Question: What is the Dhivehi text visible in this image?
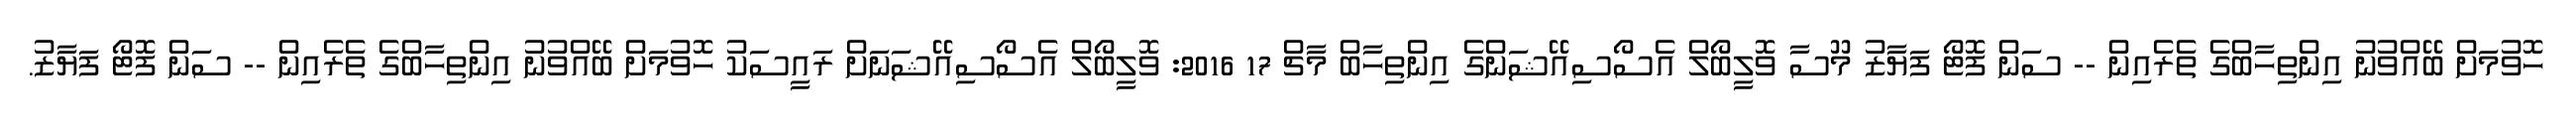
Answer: ހޮވުމަށް ބޭއްވުނު އިންތިހާބްގެ ތެރެއިން -- ސަން ފޮޓޯ ފަޔާޒު މޫސާ ވޮލީބޯލް އެސޯސިއޭޝަންގެ އިންތިހާބް މާޗް 17 2016: ވޮލީބޯލް އެސޯސިއޭޝަނަށް ރައީސަކު ހޮވުމަށް ބޭއްވުނު އިންތިހާބްގެ ތެރެއިން -- ސަން ފޮޓޯ ފަޔާޒު.